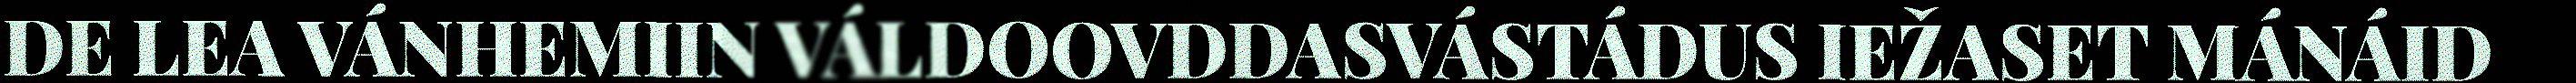
DE LEA VÁNHEMIIN VÁLDOOVDDASVÁSTÁDUS IEŽASET MÁNÁID